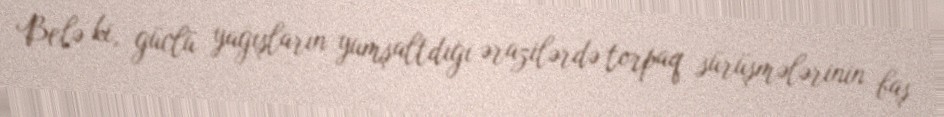
Belə ki, güclü yağışların yumşaltdığı ərazilərdə torpaq sürüşmələrinin baş